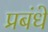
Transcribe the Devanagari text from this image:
प्रबंधे